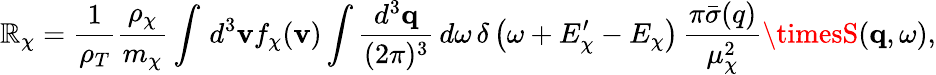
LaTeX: \mathbb{R}_{\chi}=\frac{{1}}{{\rho_{T}}}\frac{{\rho_{\chi}}}{{m_{\chi}}}\int\, d^{3}\mathbf{{v}}f_{\chi}(\mathbf{{v}})\int\frac{{d^{3}\mathbf{{q}}}}{{(2\pi)^{3}}}\, d\omega\, \delta\left(\omega+E_{\chi}^{\prime}-E_{\chi}\right)\, \frac{{\pi\bar{{\sigma}}(q)}}{{\mu_{\chi}^{2}}}\timesS(\mathbf{{q}},\omega),